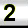
Digit: 2